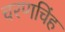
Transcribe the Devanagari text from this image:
चरणचिंह